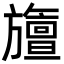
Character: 旜